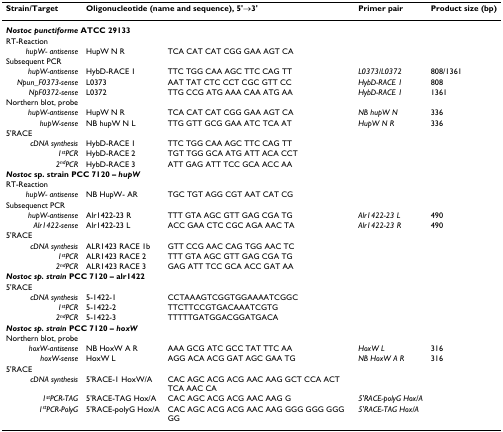
<table><thead><tr><td><b>Strain/Target</b></td><td colspan="2"><b>Oligonucleotide (name and sequence), 5'→3'</b></td><td><b>Primer pair</b></td><td><b>Product size (bp)</b></td></tr></thead><tbody><tr><td colspan="5"><b><i>Nostoc punctiforme </i>ATCC 29133</b></td></tr><tr><td>RT-Reaction</td><td>[EMPTY_CELL]</td><td>[EMPTY_CELL]</td><td>[EMPTY_CELL]</td><td>[EMPTY_CELL]</td></tr><tr><td><i>hupW- antisense</i></td><td>HupW N R</td><td>TCA CAT CAT CGG GAA AGT CA</td><td>[EMPTY_CELL]</td><td>[EMPTY_CELL]</td></tr><tr><td>Subsequent PCR</td><td>[EMPTY_CELL]</td><td>[EMPTY_CELL]</td><td>[EMPTY_CELL]</td><td>[EMPTY_CELL]</td></tr><tr><td><i>hupW-antisense</i></td><td>HybD-RACE 1</td><td>TTC TGG CAA AGC TTC CAG TT</td><td><i>L0373/L0372</i></td><td>808/1361</td></tr><tr><td><i>Npun_F0373-sense</i></td><td>L0373</td><td>AAT TAT CTC CCT CGC GTT CC</td><td><i>HybD-RACE 1</i></td><td>808</td></tr><tr><td><i>NpF0372-sense</i></td><td>L0372</td><td>TTG CCG ATG AAA CAA ATG AA</td><td><i>HybD-RACE 1</i></td><td>1361</td></tr><tr><td>Northern blot, probe</td><td>[EMPTY_CELL]</td><td>[EMPTY_CELL]</td><td>[EMPTY_CELL]</td><td>[EMPTY_CELL]</td></tr><tr><td><i>hupW-antisense</i></td><td>HupW N R</td><td>TCA CAT CAT CGG GAA AGT CA</td><td><i>NB hupW N</i></td><td>336</td></tr><tr><td><i>hupW-sense</i></td><td>NB hupW N L</td><td>TTG GTT GCG GAA ATC TCA AT</td><td><i>HupW N R</i></td><td>336</td></tr><tr><td>5'RACE</td><td>[EMPTY_CELL]</td><td>[EMPTY_CELL]</td><td>[EMPTY_CELL]</td><td>[EMPTY_CELL]</td></tr><tr><td><i>cDNA synthesis</i></td><td>HybD-RACE 1</td><td>TTC TGG CAA AGC TTC CAG TT</td><td>[EMPTY_CELL]</td><td>[EMPTY_CELL]</td></tr><tr><td><i>1</i><sup><i>st</i></sup><i>PCR</i></td><td>HybD-RACE 2</td><td>TGT TGG GCA ATG ATT ACA CCT</td><td>[EMPTY_CELL]</td><td>[EMPTY_CELL]</td></tr><tr><td><i>2</i><sup><i>nd</i></sup><i>PCR</i></td><td>HybD-RACE 3</td><td>ATT GAG ATT TCC GCA ACC AA</td><td>[EMPTY_CELL]</td><td>[EMPTY_CELL]</td></tr><tr><td colspan="5"><b><i>Nostoc </i></b><b>sp. strain PCC 7120 – <i>hupW</i></b></td></tr><tr><td>RT-Reaction</td><td>[EMPTY_CELL]</td><td>[EMPTY_CELL]</td><td>[EMPTY_CELL]</td><td>[EMPTY_CELL]</td></tr><tr><td><i>hupW- antisense</i></td><td>NB HupW- AR</td><td>TGC TGT AGG CGT AAT CAT CG</td><td>[EMPTY_CELL]</td><td>[EMPTY_CELL]</td></tr><tr><td>Subsequenct PCR</td><td>[EMPTY_CELL]</td><td>[EMPTY_CELL]</td><td>[EMPTY_CELL]</td><td>[EMPTY_CELL]</td></tr><tr><td><i>hupW-antisense</i></td><td>Alr1422-23 R</td><td>TTT GTA AGC GTT GAG CGA TG</td><td><i>Alr1422-23 L</i></td><td>490</td></tr><tr><td><i>Alr1422-sense</i></td><td>Alr1422-23 L</td><td>ACC GAA CTC CGC AGA AAC TA</td><td><i>Alr1422-23 R</i></td><td>490</td></tr><tr><td>5'RACE</td><td>[EMPTY_CELL]</td><td>[EMPTY_CELL]</td><td>[EMPTY_CELL]</td><td>[EMPTY_CELL]</td></tr><tr><td><i>cDNA synthesis</i></td><td>ALR1423 RACE 1b</td><td>GTT CCG AAC CAG TGG AAC TC</td><td>[EMPTY_CELL]</td><td>[EMPTY_CELL]</td></tr><tr><td><i>1</i><sup><i>st</i></sup><i>PCR</i></td><td>ALR1423 RACE 2</td><td>TTT GTA AGC GTT GAG CGA TG</td><td>[EMPTY_CELL]</td><td>[EMPTY_CELL]</td></tr><tr><td><i>2</i><sup><i>nd</i></sup><i>PCR</i></td><td>ALR1423 RACE 3</td><td>GAG ATT TCC GCA ACC GAT AA</td><td>[EMPTY_CELL]</td><td>[EMPTY_CELL]</td></tr><tr><td colspan="5"><b><i>Nostoc sp. strain </i>PCC 7120 – alr1422</b></td></tr><tr><td>5'RACE</td><td>[EMPTY_CELL]</td><td>[EMPTY_CELL]</td><td>[EMPTY_CELL]</td><td>[EMPTY_CELL]</td></tr><tr><td><i>cDNA synthesis</i></td><td>5-1422-1</td><td>CCTAAAGTCGGTGGAAAATCGGC</td><td>[EMPTY_CELL]</td><td>[EMPTY_CELL]</td></tr><tr><td><i>1</i><sup><i>st</i></sup><i>PCR</i></td><td>5-1422-2</td><td>TTCTTCCGTGACAAATCGTG</td><td>[EMPTY_CELL]</td><td>[EMPTY_CELL]</td></tr><tr><td><i>2</i><sup><i>nd</i></sup><i>PCR</i></td><td>5-1422-3</td><td>TTTTTGATGGACGGATGACA</td><td>[EMPTY_CELL]</td><td>[EMPTY_CELL]</td></tr><tr><td colspan="5"><b><i>Nostoc sp. strain </i>PCC 7120 – <i>hoxW</i></b></td></tr><tr><td>Northern blot, probe</td><td>[EMPTY_CELL]</td><td>[EMPTY_CELL]</td><td>[EMPTY_CELL]</td><td>[EMPTY_CELL]</td></tr><tr><td><i>hoxW-antisense</i></td><td>NB HoxW A R</td><td>AAA GCG ATC GCC TAT TTC AA</td><td><i>HoxW L</i></td><td>316</td></tr><tr><td><i>hoxW-sense</i></td><td>HoxW L</td><td>AGG ACA ACG GAT AGC GAA TG</td><td><i>NB HoxW A R</i></td><td>316</td></tr><tr><td>5'RACE</td><td>[EMPTY_CELL]</td><td>[EMPTY_CELL]</td><td>[EMPTY_CELL]</td><td>[EMPTY_CELL]</td></tr><tr><td><i>cDNA synthesis</i></td><td>5'RACE-1 HoxW/A</td><td>CAC AGC ACG ACG AAC AAG GCT CCA ACT TCA AAC CA</td><td>[EMPTY_CELL]</td><td>[EMPTY_CELL]</td></tr><tr><td><i>1</i><sup><i>st</i></sup><i>PCR-TAG</i></td><td>5'RACE-TAG Hox/A</td><td>CAC AGC ACG ACG AAC AAG G</td><td><i>5'RACE-polyG Hox/A</i></td><td>[EMPTY_CELL]</td></tr><tr><td><i>1</i><sup><i>st</i></sup><i>PCR-PolyG</i></td><td>5'RACE-polyG Hox/A</td><td>CAC AGC ACG ACG AAC AAG GGG GGG GGG GG</td><td><i>5'RACE-TAG Hox/A</i></td><td>[EMPTY_CELL]</td></tr></tbody></table>